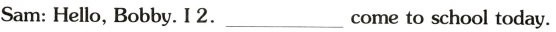
Sam: Hello, Bobby. I 2. ___ Come to school today.